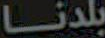
بلدنا